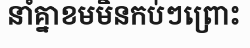
នាំគ្នាខមមិនកប់ៗព្រោះ